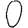
Digit: 0